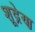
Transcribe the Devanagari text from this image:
शूद्रेण